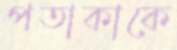
পতাকাকে